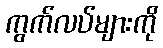
ကွက်လပ်များကို